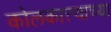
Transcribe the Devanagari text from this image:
कोलकात्त्याच्या